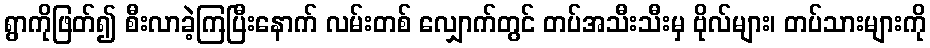
ရွာကိုဖြတ်၍ စီးလာခဲ့ကြပြီးနောက် လမ်းတစ် လျှောက်တွင် တပ်အသီးသီးမှ ဗိုလ်များ၊ တပ်သားများကို